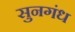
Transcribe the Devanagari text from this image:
सुनगंध